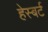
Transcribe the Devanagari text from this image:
हेस्बर्ट